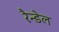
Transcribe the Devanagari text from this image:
रैन्डेल